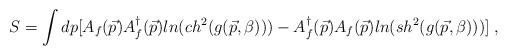
LaTeX: \begin{align*}S=\int dp [A_f(\vec{p})A^\dagger _f(\vec{p})ln(ch^2(g(\vec{p},\beta))) - A^\dagger_f(\vec{p})A_f(\vec{p})ln(sh^2(g(\vec{p},\beta)))] \;,\end{align*}